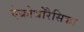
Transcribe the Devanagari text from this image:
ऐक्रोथोरैसिका